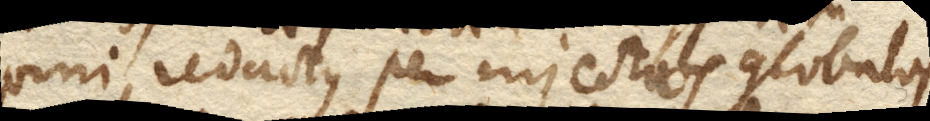
vini redactus per injectos globulos